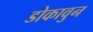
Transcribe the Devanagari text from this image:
डोकावुन